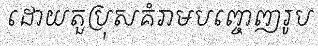
ដោយតួប្រុសគំរាមបញ្ចេញរូប